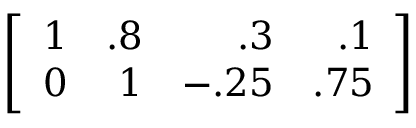
\left[ { \begin{array} { r r r r } { 1 } & { . 8 } & { . 3 } & { . 1 } \\ { 0 } & { 1 } & { - . 2 5 } & { . 7 5 } \end{array} } \right]